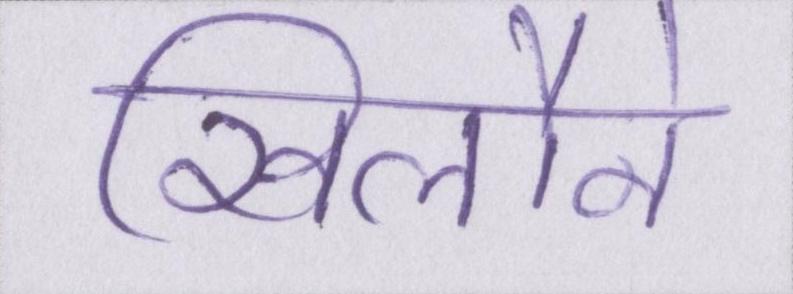
खिलौने